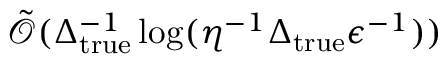
\tilde { \mathcal { O } } ( \Delta _ { \mathrm { t r u e } } ^ { - 1 } \log ( \eta ^ { - 1 } \Delta _ { \mathrm { t r u e } } \epsilon ^ { - 1 } ) )